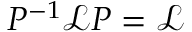
P ^ { - 1 } \mathcal { L } P = \mathcal { L }